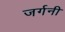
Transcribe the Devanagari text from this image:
जर्गनी